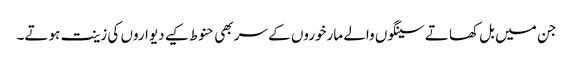
جن میں بل کھاتے سینگوں والے مارخوروں کے سر بھی حنوط کیے دیواروں کی زینت ہوتے۔